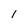
Character: 1